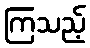
ကြသည့်